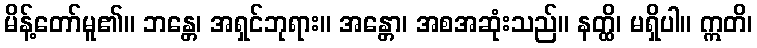
မိန့်တော်မူ၏။ ဘန္တေ၊ အရှင်ဘုရား။ အန္တော၊ အစအဆုံးသည်။ နတ္ထိ၊ မရှိပါ။ ဣတိ၊